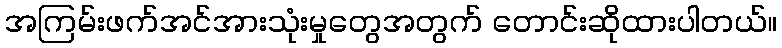
အကြမ်းဖက်အင်အားသုံးမှုတွေအတွက် တောင်းဆိုထားပါတယ်။